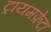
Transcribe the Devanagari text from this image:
ट्रायमफ़ेटा